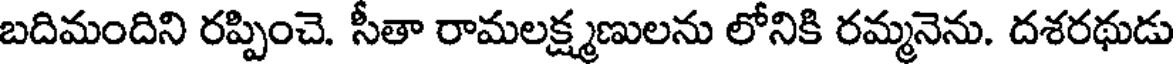
బదిమందిని రప్పించె. సీతా రామలక్ష్మణులను లోనికి రమ్మనెను. దశరథుడు